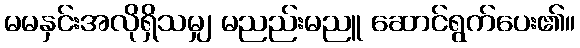
မမနှင်းအလိုရှိသမျှ မညည်းမညူ ဆောင်ရွက်ပေး၏။